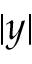
| y |